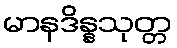
မာနဒိန္နသုတ္တ